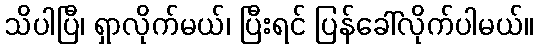
သိပါပြီ၊ ရှာလိုက်မယ်၊ ပြီးရင် ပြန်ခေါ်လိုက်ပါမယ်။